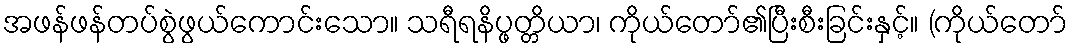
အဖန်ဖန်တပ်စွဲဖွယ်ကောင်းသော။ သရီရနိပ္ဖတ္တိယာ၊ ကိုယ်တော်၏ပြီးစီးခြင်းနှင့်။ (ကိုယ်တော်